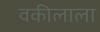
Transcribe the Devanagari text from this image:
वकीलाला